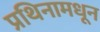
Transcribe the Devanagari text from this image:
प्रथिनामधून